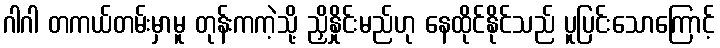
ဂါဂါ တကယ်တမ်းမှာမူ တုန်းကကဲ့သို့ ညှိနှိုင်းမည်ဟု နေထိုင်နိုင်သည် ပူပြင်းသောကြောင့်